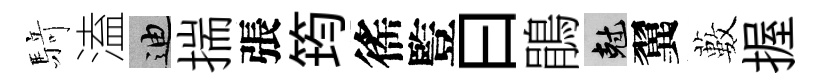
𮪍溘迪揣張筠徭䜿曰鵑剋翼藪握